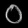
Digit: ၀